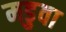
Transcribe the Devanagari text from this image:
मडुवा